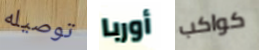
توصيله أوربا كواكب